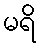
မရိ